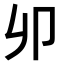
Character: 𠨍